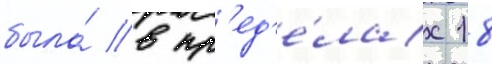
была́ в пр'ед'е́лах 18